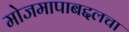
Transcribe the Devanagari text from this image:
मोजमापाबद्दलचा